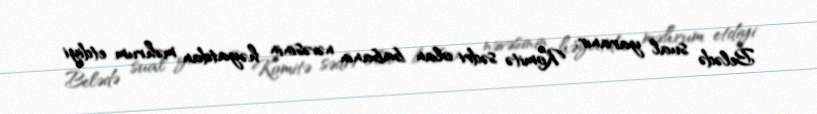
Belədə sual yaranır: Komitə sədri olan babanın nəvəsinin həyatdan məhrum etdiyi